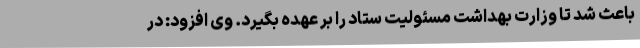
باعث شد تا وزارت بهداشت مسئولیت ستاد را بر عهده بگیرد. وی افزود: در